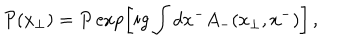
{ \cal P } ( { x } _ { \bot } ) = P \exp \left[ i g \int d x ^ { - } A _ { - } ( x _ { \bot } , x ^ { - } ) \right] \, ,